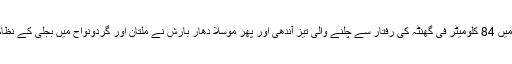
ملتان اور گردونواح میں 84 کلومیٹر فی گھنٹہ کی رفتار سے چلنے والی تیز آندھی اور پھر موسلا دھار بارش نے ملتان اور گردونواح میں بجلی کے نظام کو شدید متاثر کیا ۔